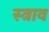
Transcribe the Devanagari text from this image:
स्‍त्राव